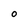
Character: O